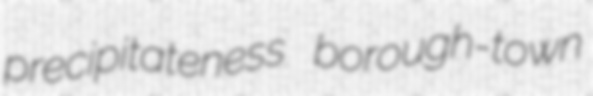
precipitateness borough-town